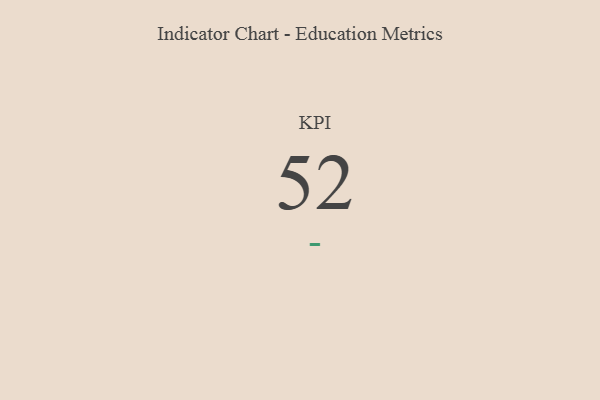
{"axis": {"x": "KPI", "y": "Value"}, "legend": [""], "data": [{"x": "KPI", "y": 52, "type": ""}]}